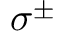
\sigma ^ { \pm }